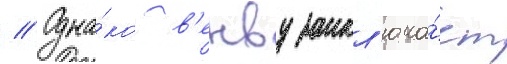
// Одна́ко в'енву закл'юча́ет